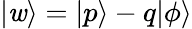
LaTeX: |\mathit{w}\rangle=|p\rangle-q|\phi\rangle